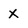
Character: X